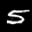
Label: 5